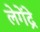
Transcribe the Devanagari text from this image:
लेगेंद्रे